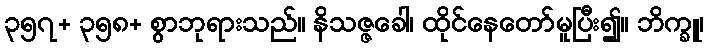
၃၅၇+ ၃၅၈+ စွာဘုရားသည်။ နိသဇ္ဇခေါ၊ ထိုင်နေတော်မူပြီး၍။ ဘိက္ခူ၊